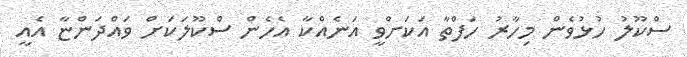
ސްކޫލު ހުޅުވެން މިހާރު ހަފްތާ އަކަށްވީ އަނެއްކާ އެހެން ސްކޫލަކަށް ވައްދަންޏާ އެއީ